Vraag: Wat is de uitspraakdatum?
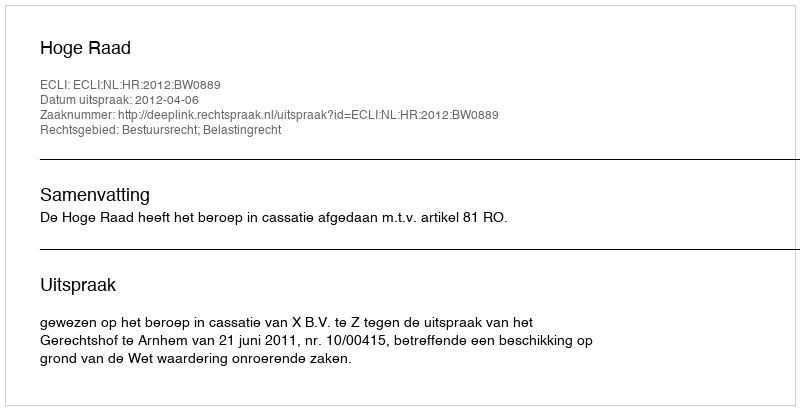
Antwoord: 2012-04-06